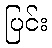
ပြင်း